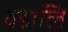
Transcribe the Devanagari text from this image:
वडालि